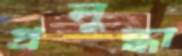
প্রলুব্ধা